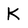
Character: K